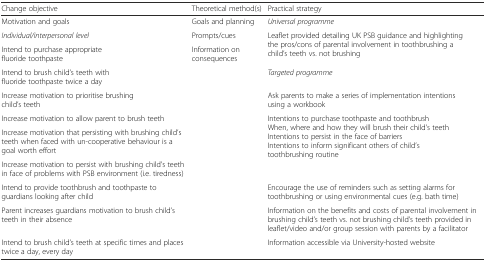
| Change objective | Theoretical method(s) | Practical strategy |
 | --- | --- | --- |
 | Motivation and goals | Goals and planning | Universal programme |
 | Individual/interpersonal level | Prompts/cues | <ROWSPAN=2> Leaflet provided detailing UK PSB guidance and highlighting the pros/cons of parental involvement in toothbrushing a child’s teeth vs. not brushing |
 | Intend to purchase appropriate fluoride toothpaste | <ROWSPAN=9> Information on consequences |
 | Intend to brush child’s teeth with fluoride toothpaste twice a day | Targeted programme |
 | Increase motivation to prioritise brushing child’s teeth | Ask parents to make a series of implementation intentions using a workbook |
 | Increase motivation to allow parent to brush teeth | <ROWSPAN=3> Intentions to purchase toothpaste and toothbrushWhen, where and how they will brush their child’s teethIntentions to persist in the face of barriersIntentions to inform significant others of child’s toothbrushing routine |
 | Increase motivation that persisting with brushing child’s teeth when faced with un-cooperative behaviour is a goal worth effort |
 | Increase motivation to persist with brushing child’s teeth in face of problems with PSB environment (i.e. tiredness) |
 | Intend to provide toothbrush and toothpaste to guardians looking after child | Encourage the use of reminders such as setting alarms for toothbrushing or using environmental cues (e.g. bath time) |
 | Parent increases guardians motivation to brush child’s teeth in their absence | Information on the benefits and costs of parental involvement in brushing child’s teeth vs. not brushing child’s teeth provided in leaflet/video and/or group session with parents by a facilitator |
 | Intend to brush child’s teeth at specific times and places twice a day, every day | Information accessible via University-hosted website |